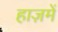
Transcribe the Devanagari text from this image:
हाज़में